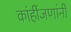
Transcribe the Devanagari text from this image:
कांहींजणांनी